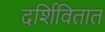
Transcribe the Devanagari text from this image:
दर्शिवितात